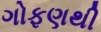
ગોફણથી